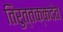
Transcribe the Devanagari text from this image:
तिरुत्तक्कदेव